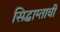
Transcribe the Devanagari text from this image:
सिद्धाम्ताची